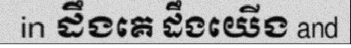
in ដឹងគេ ដឹងយើង and